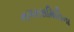
નગરસમિતિના